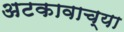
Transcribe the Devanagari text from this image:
अटकावाच्या